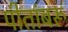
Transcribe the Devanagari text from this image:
पीतांबरू